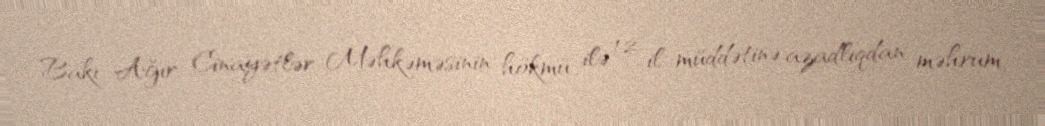
Bakı Ağır Cinayətlər Məhkəməsinin hökmü ilə 12 il müddətinə azadlıqdan məhrum